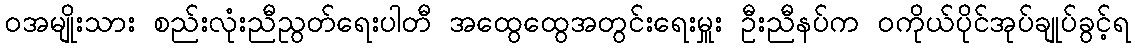
၀အမျိုးသား စည်းလုံးညီညွတ်ရေးပါတီ အထွေထွေအတွင်းရေးမှူး ဦးညီနပ်က ဝကိုယ်ပိုင်အုပ်ချုပ်ခွင့်ရ